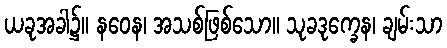
ယခုအခါ၌။ နဝေန၊ အသစ်ဖြစ်သော။ သုခဒုက္ခေန၊ ချမ်းသာ